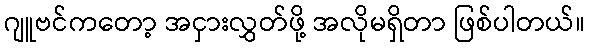
ဂျူဗင်ကတော့ အငှားလွှတ်ဖို့ အလိုမရှိတာ ဖြစ်ပါတယ်။